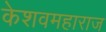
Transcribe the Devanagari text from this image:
केशवमहाराज